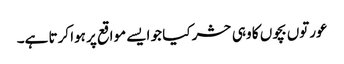
عورتوں بچوں کا وہی حشر کیا جو ایسے مواقع پر ہوا کرتا ہے۔